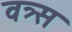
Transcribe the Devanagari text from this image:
वत्र्स